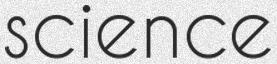
science